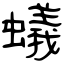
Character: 蟻